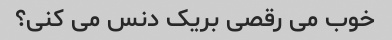
خوب می رقصی بریک دنس می کنی؟